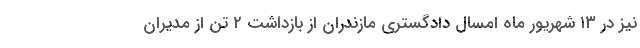
نیز در ۱۳ شهریور ماه امسال دادگستری مازندران از بازداشت ۲ تن از مدیران